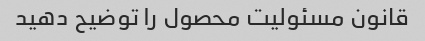
قانون مسئولیت محصول را توضیح دهید